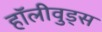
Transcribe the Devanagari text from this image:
हॉलीवुड्स